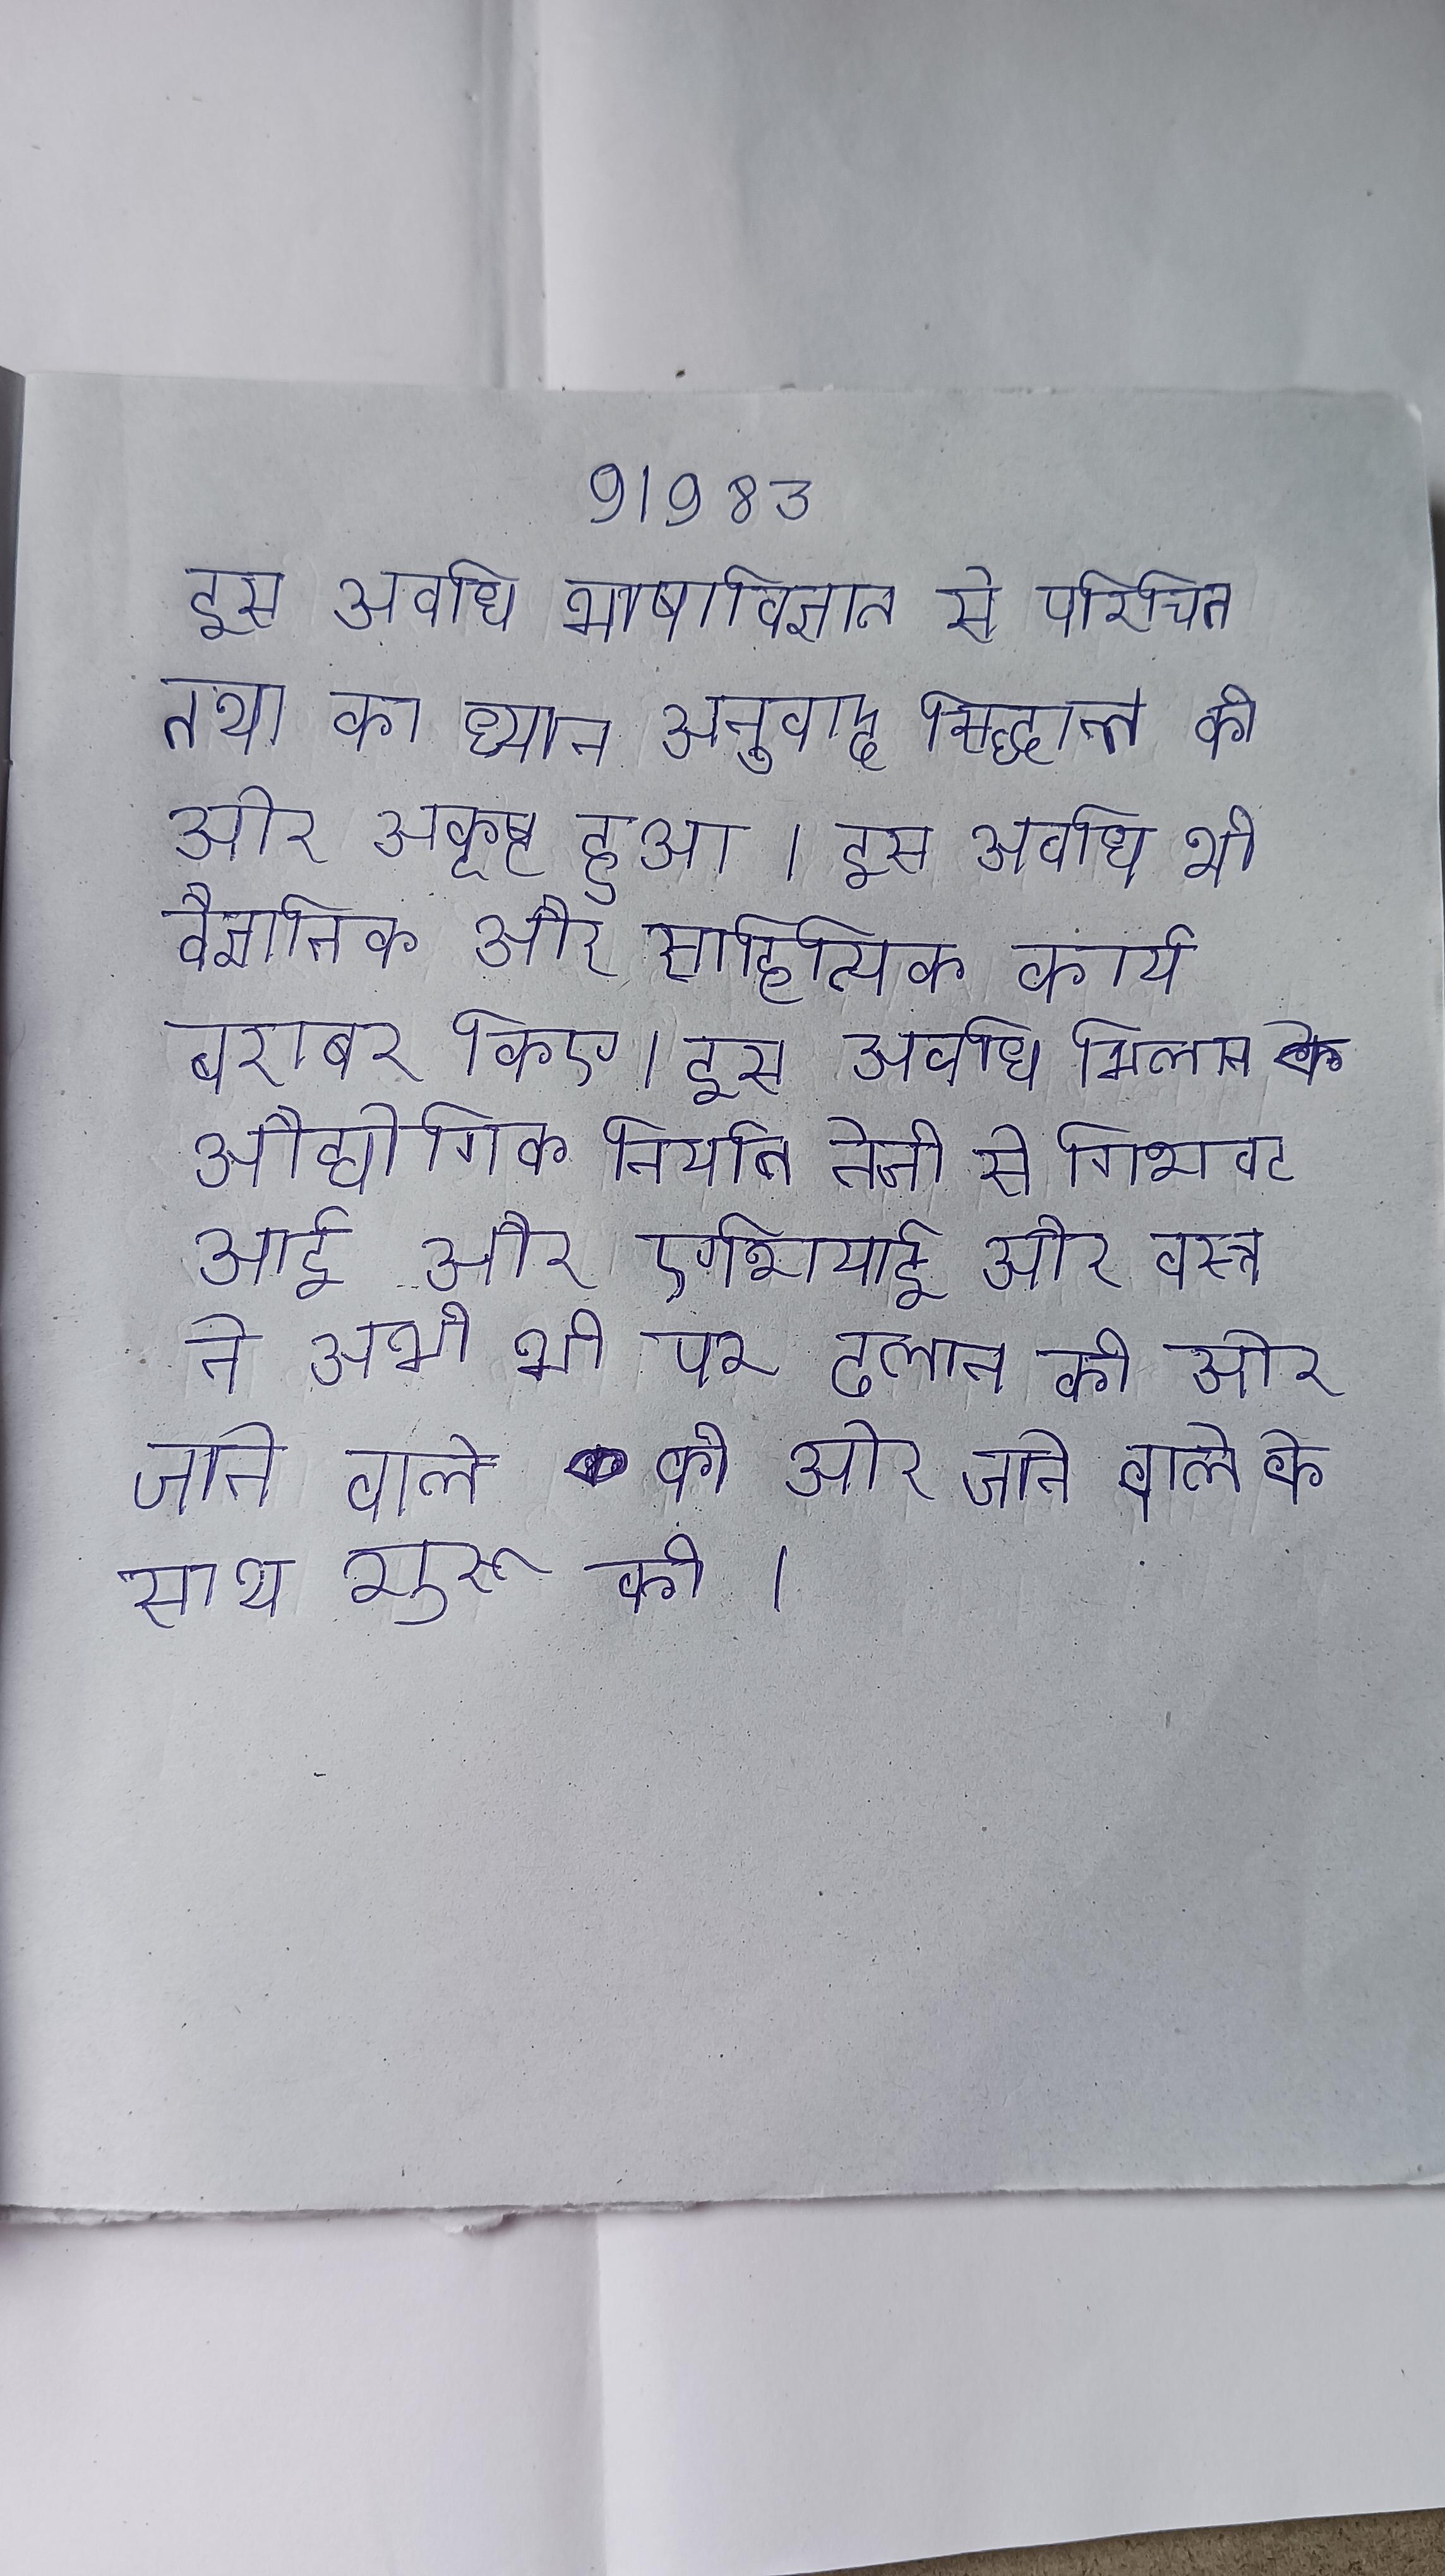
इस अवधि भाषाविज्ञान से परिचित तथा का ध्यान अनुवाद सिद्धान्त की ओर आकृष्ट हुआ । इस अवधि भी वैज्ञानिक और साहित्यिक कार्य बराबर किए । इस अवधि मिलान के औद्योगिक निर्यात तेजी से गिरावट आई और एशियाई और वस्त्र ने अभी भी पर ढलान की ओर जाने वाले के साथ शुरू की ।